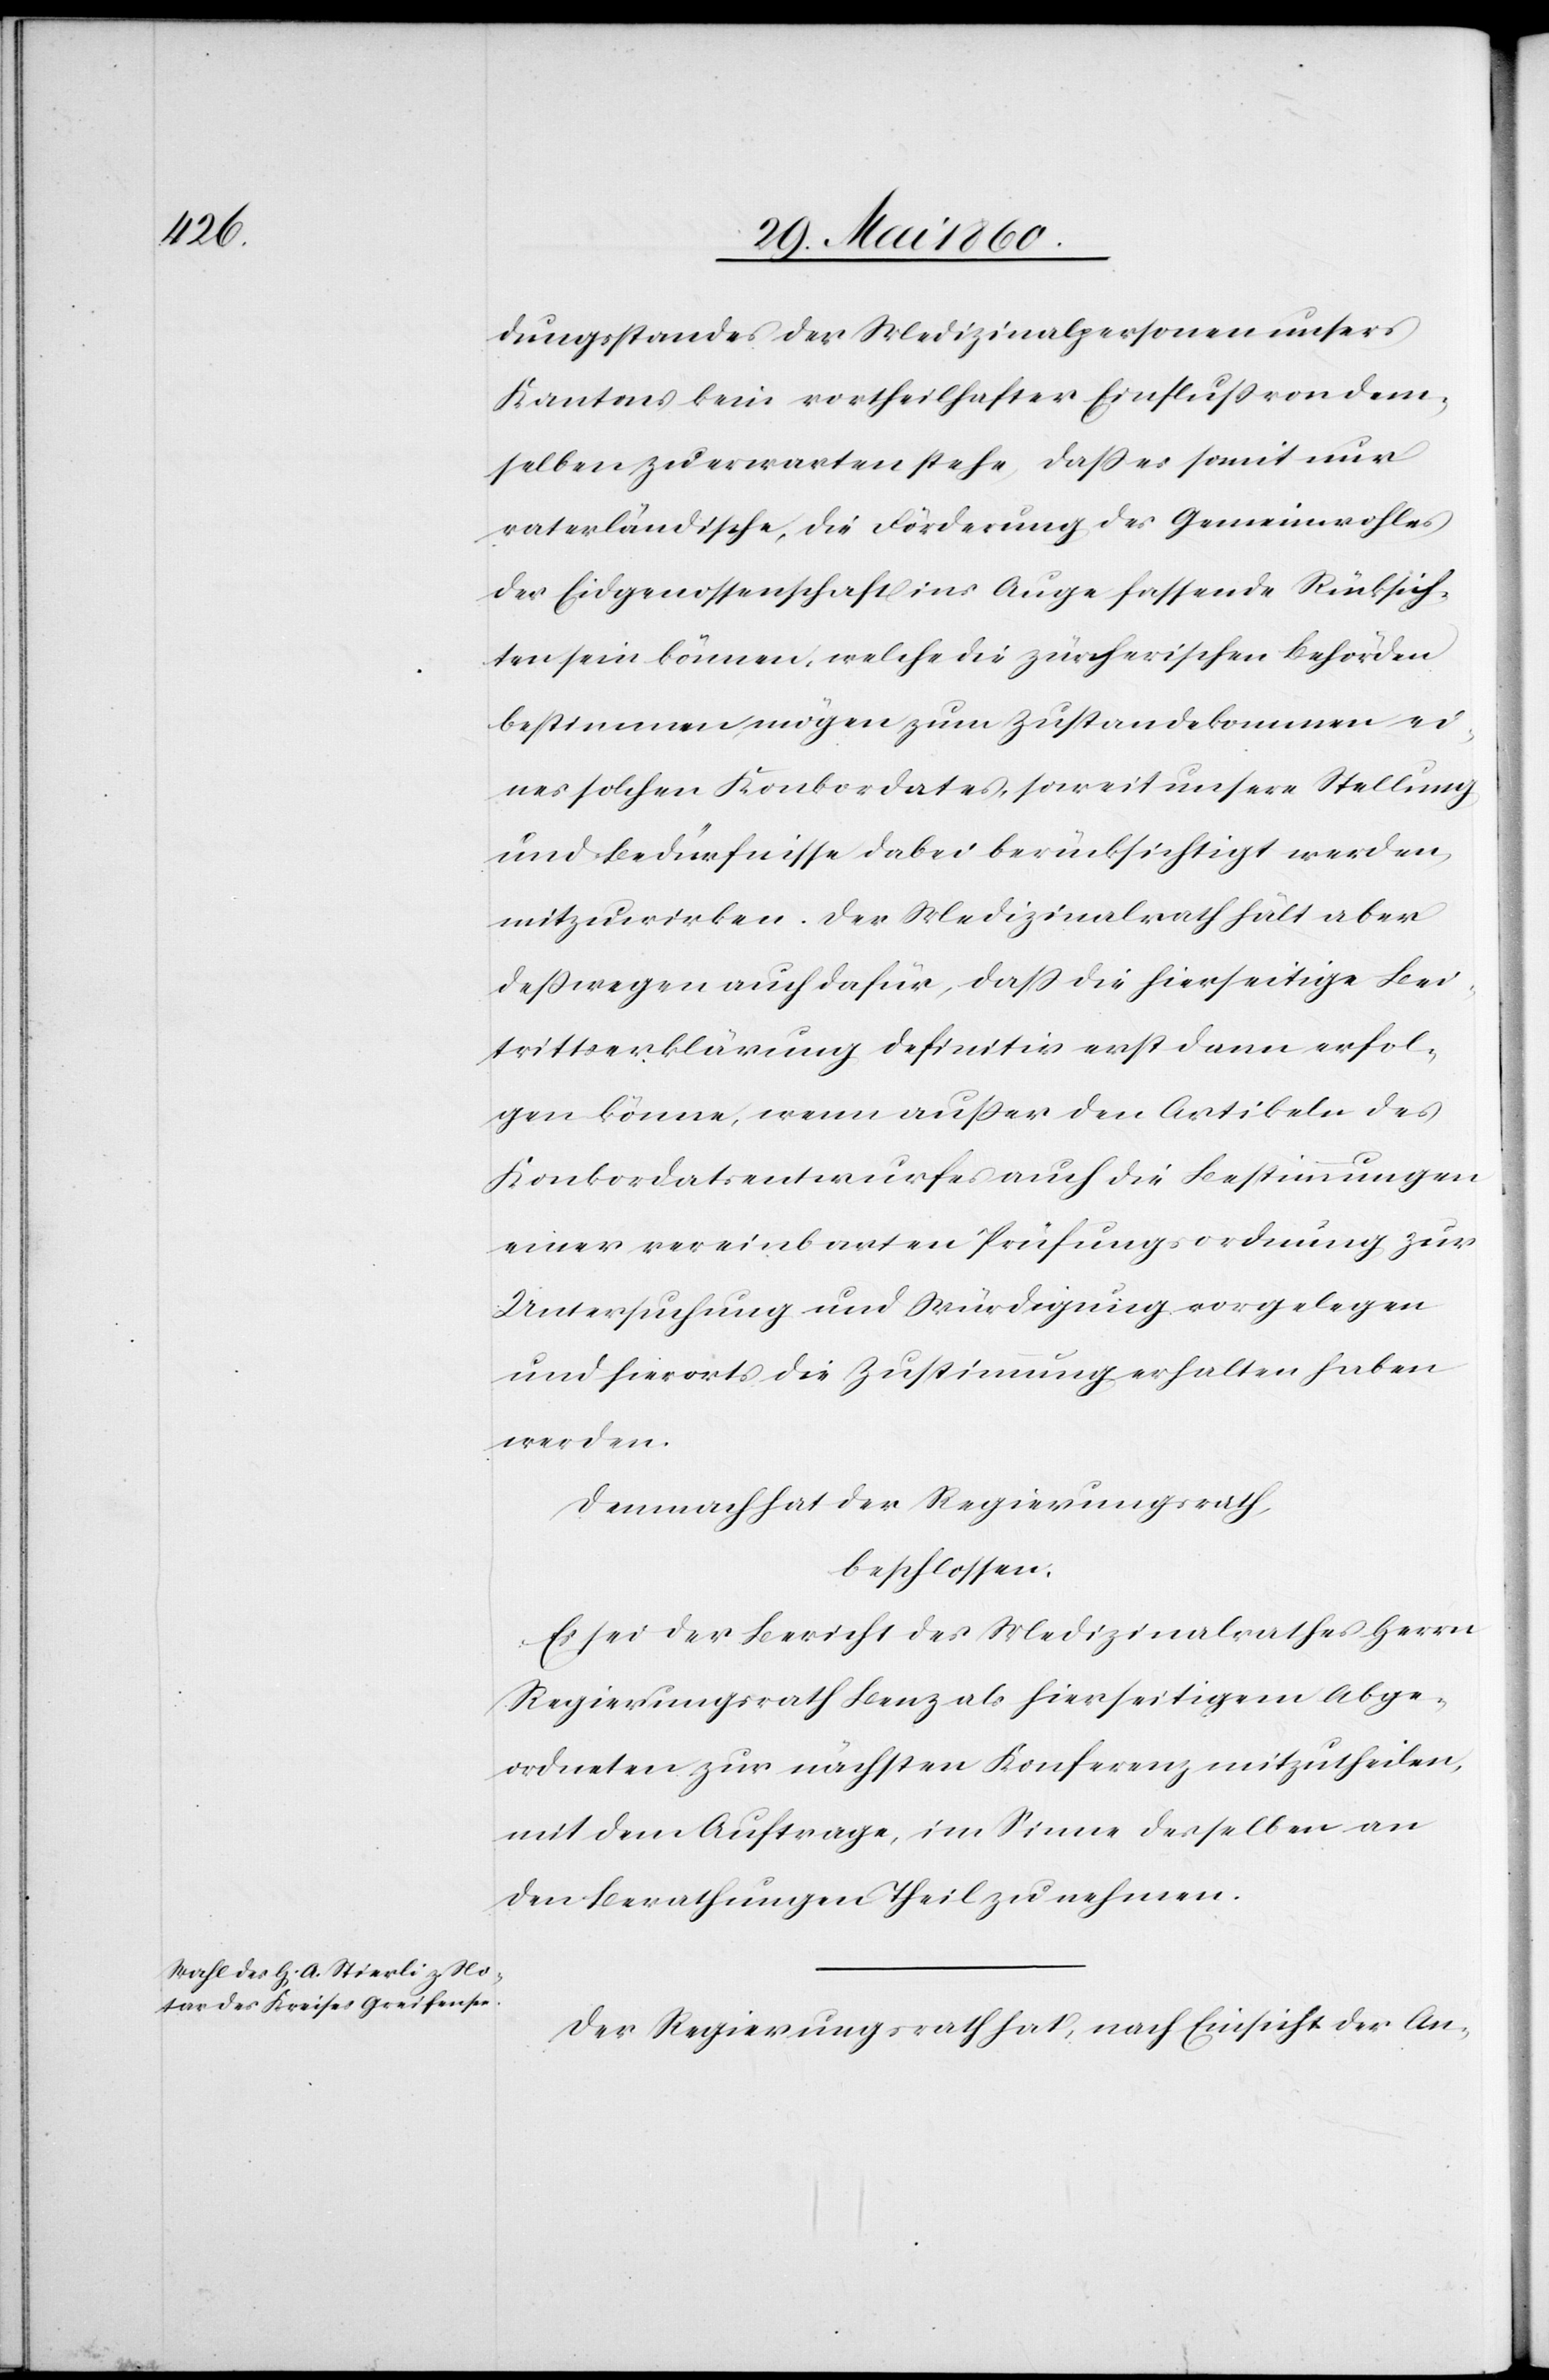
dungstandes der Medizinalpersonen unsers
Kantons kein vortheilhafter Einfluß von dem¬
selben zu erwarten stehe, dass es somit nur
vaterländische, die Förderung des Gemeinwohles
der Eidgenossenschaft ins Auge fassende Rücksich¬
ten sein können, welche die zürcherischen Behörden
bestimmen, mögen zum Zustande kommen ei¬
nes solchen Konkordates, soweit unsere Stellung
und Bedürfnisse dabei berücksichtigt werden,
mitzuwirken. Der Medizinalrath hält aber
desswegen auch dafür, dass die hierseitige Bei¬
trittserklärung definitiv erst dann erfol¬
gen könne, wenn ausser den Artikeln des
Konkordatsentwurfes auch die Bestimmungen
einer vereinbarten Prüfungsordnung zur
Untersuchung und Würdigung vorgelegen
und hierorts die Zustimmung erhalten haben
werden.
Demnach hat der Regierungsrath,
beschlossen:
Es sei der Bericht des Medizinalrathes Herrn
Regierungsrath Benz als hierseitigen Abge¬
ordneten zur nächsten Konferenz mitzutheilen,
mit dem Auftrage, im Sinne desselben an
den Berathungen Theil zu nehmen.
Der Regierungsrath hat, nach Einsicht der An-